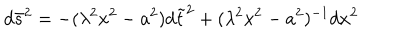
LaTeX: d \bar { s } ^ { 2 } = - ( \lambda ^ { 2 } x ^ { 2 } - a ^ { 2 } ) d \tilde { t } ^ { 2 } + ( \lambda ^ { 2 } x ^ { 2 } - a ^ { 2 } ) ^ { - 1 } d x ^ { 2 }